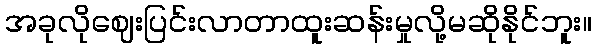
အခုလိုဈေးပြင်းလာတာထူးဆန်းမှုလို့မဆိုနိုင်ဘူး။